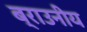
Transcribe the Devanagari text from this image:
ब्राउनीय